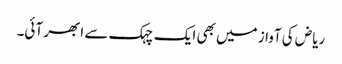
ریاض کی آواز میں بھی ایک چہک سے ابھر آئی۔